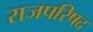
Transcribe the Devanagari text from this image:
राजपरिषद